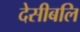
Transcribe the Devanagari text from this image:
देसीबलि